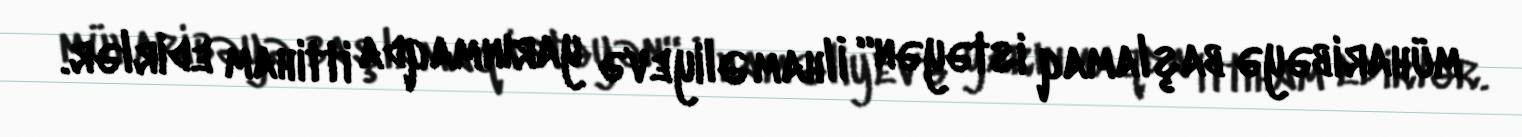
müharibəyə başlamaq istəyən“ İlham Əliyevə yarınmaqda ittiham edirlər.